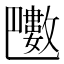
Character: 𣀟